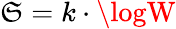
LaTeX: \mathfrak{S}=k\cdot\logW